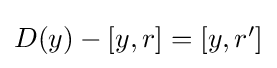
{\textstyle D(y)-[y,r]=[y,r']}